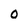
Character: O